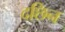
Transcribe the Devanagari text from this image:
दछिन